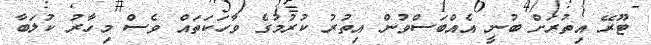
ޓޫރޭ އިތުރަށް ބުނީ އެއްބަސްވުން އިތުރު ކުރުމުގެ ވާހަކަތައް ވެސް މިހާރު ކުލަބާ